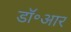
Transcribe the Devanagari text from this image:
डॉ॰आर